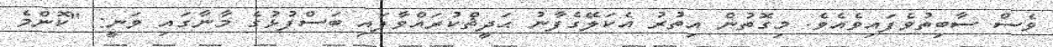
ވެސް ސާބިތުވެފައިވެއެވެ. މިގޮތުން އިތުރު އެކަލޭގެފާނު ޙަދީޘްކުރައްވާފައި ބަސްފުޅުގެ މާނާގައި ވަނީ: "ކޮންމެ